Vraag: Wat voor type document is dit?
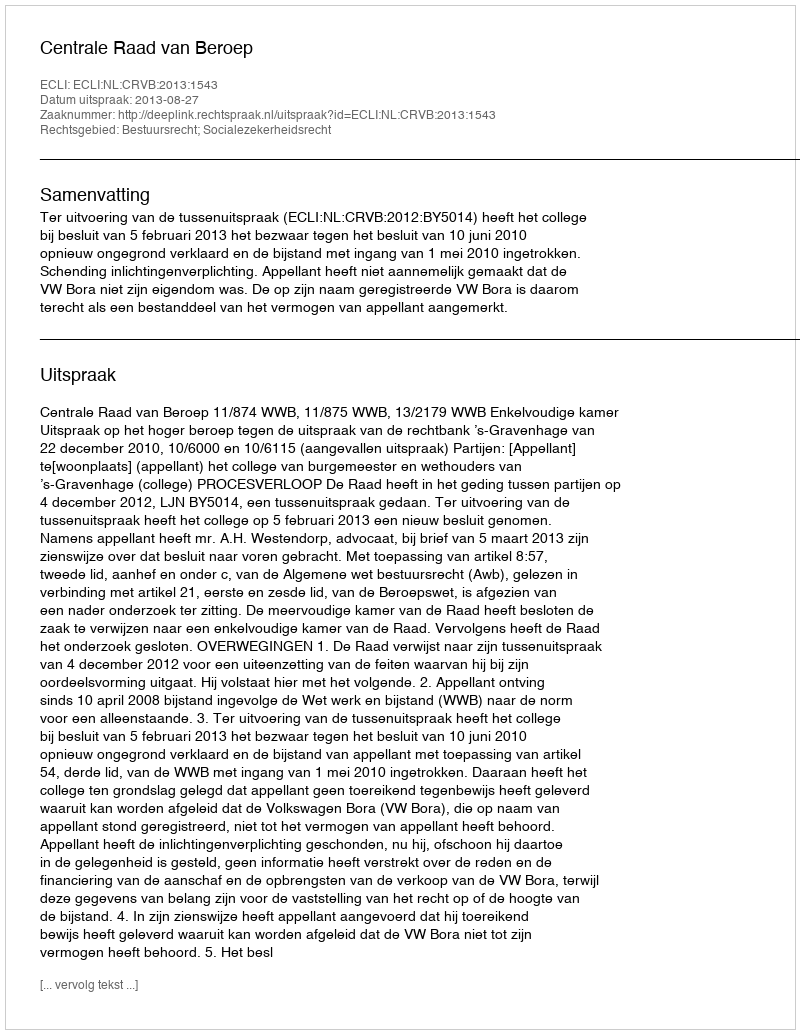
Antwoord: Uitspraak